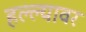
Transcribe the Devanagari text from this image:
हल्ल्यावर